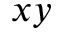
x y